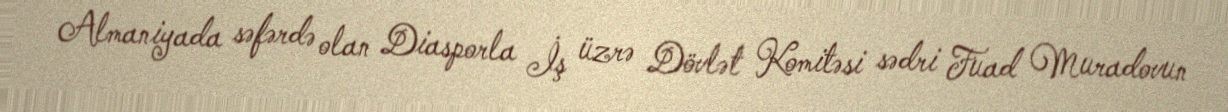
Almaniyada səfərdə olan Diasporla İş üzrə Dövlət Komitəsi sədri Fuad Muradovun